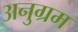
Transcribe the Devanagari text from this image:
अनुग्रम